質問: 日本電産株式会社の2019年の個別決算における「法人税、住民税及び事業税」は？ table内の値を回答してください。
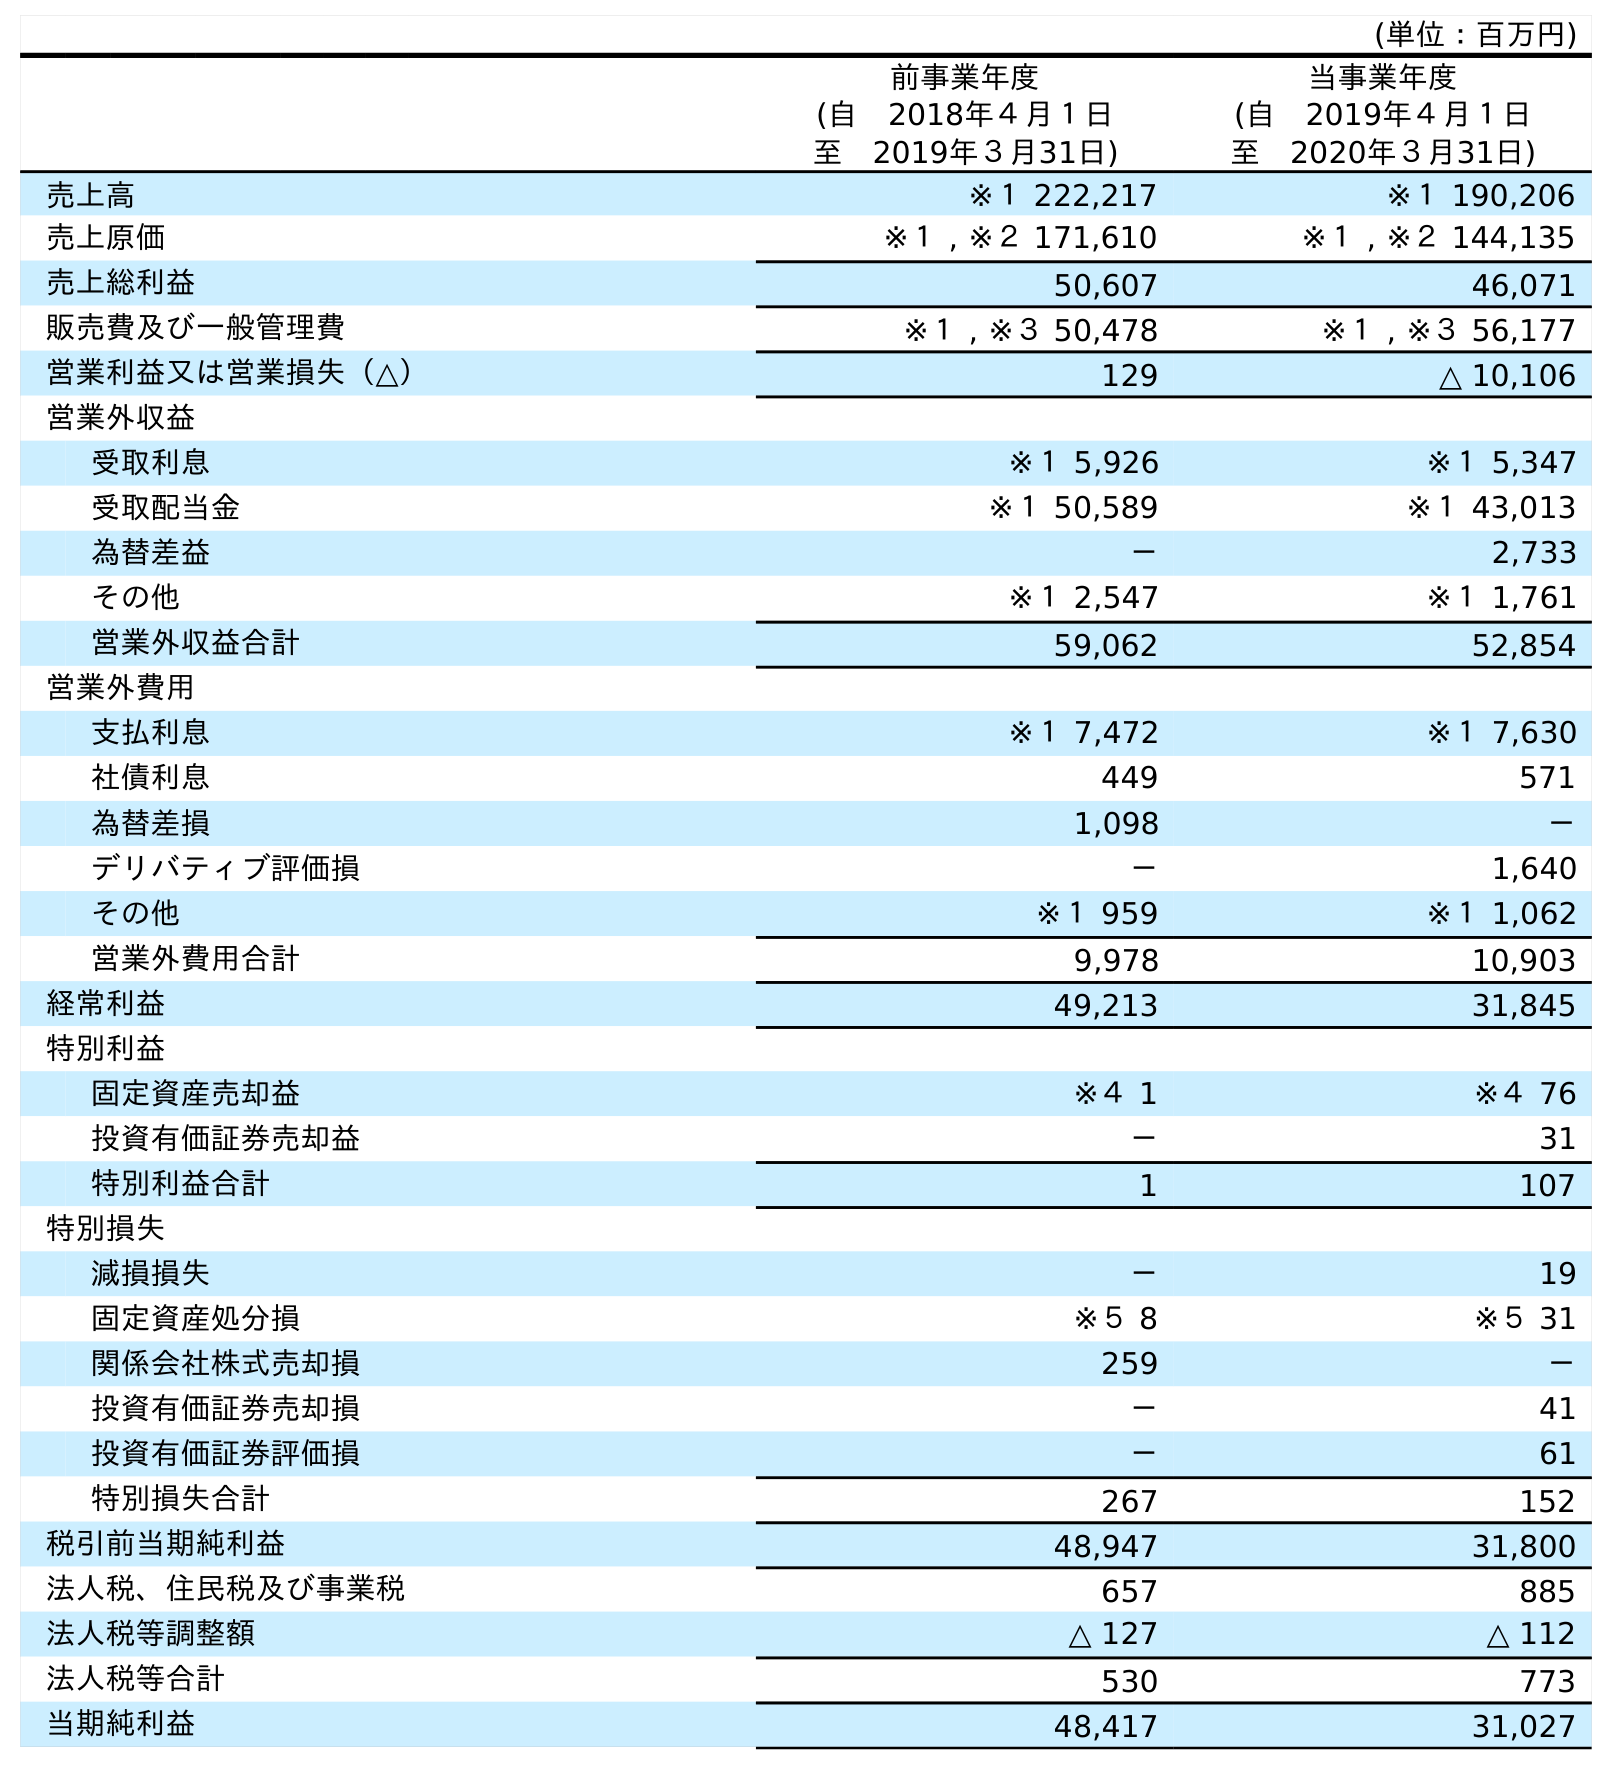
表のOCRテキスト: (単位：百万円) 前事業年度 (自 2018年４月１日 至 2019年３月31日) 当事業年度 (自 2019年４月１日 至 2020年３月31日) 売上高 ※１ 222,217 ※１ 190,206 売上原価 ※１ , ※２ 171,610 ※１ , ※２ 144,135 売上総利益 50,607 46,071 販売費及び一般管理費 ※１ , ※３ 50,478 ※１ , ※３ 56,177 営業利益又は営業損失（△） 129 △ 10,106 営業外収益 受取利息 ※１ 5,926 ※１ 5,347 受取配当金 ※１ 50,589 ※１ 43,013 為替差益 － 2,733 その他 ※１ 2,547 ※１ 1,761 営業外収益合計 59,062 52,854 営業外費用 支払利息 ※１ 7,472 ※１ 7,630 社債利息 449 571 為替差損 1,098 － デリバティブ評価損 － 1,640 その他 ※１ 959 ※１ 1,062 営業外費用合計 9,978 10,903 経常利益 49,213 31,845 特別利益 固定資産売却益 ※４ 1 ※４ 76 投資有価証券売却益 － 31 特別利益合計 1 107 特別損失 減損損失 － 19 固定資産処分損 ※５ 8 ※５ 31 関係会社株式売却損 259 － 投資有価証券売却損 － 41 投資有価証券評価損 － 61 特別損失合計 267 152 税引前当期純利益 48,947 31,800 法人税、住民税及び事業税 657 885 法人税等調整額 △ 127 △ 112 法人税等合計 530 773 当期純利益 48,417 31,027
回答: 657